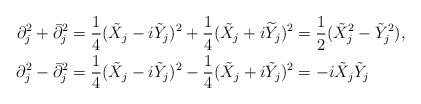
LaTeX: \begin{align*}\partial_{j}^{2}+\bar{\partial}_{j}^{2} & =\frac{1}{4}(\tilde{X}_{j}-i\tilde{Y}_{j})^{2}+\frac{1}{4}(\tilde{X}_{j}+i\widetilde{Y}_{j})^{2}=\frac{1}{2}(\tilde{X}_{j}^{2}-\tilde{Y}_{j}^{2}),\\\partial_{j}^{2}-\bar{\partial}_{j}^{2} & =\frac{1}{4}(\tilde{X}_{j}-i\tilde{Y}_{j})^{2}-\frac{1}{4}(\tilde{X}_{j}+i\tilde{Y}_{j})^{2}=-i\tilde{X}_{j}\tilde{Y}_{j}\end{align*}